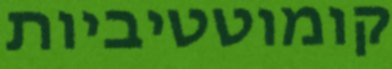
קומוטטיביות